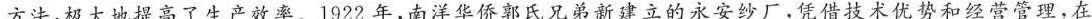
方法，极大地提高了生产效率。1922年，南洋华侨郭氏兄弟新建立的永安纱厂，凭借技术优势和经营管理，在